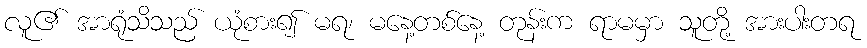
လူ၏ အာရုံသိသည် ယုံစား၍ မရ၊ မနေ့တစ်နေ့ တုန်းက ရာမမှာ သူတို့ အားပါးတရ